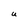
Character: U